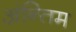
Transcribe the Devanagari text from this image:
अंन्‍तिम